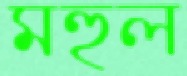
মহুল